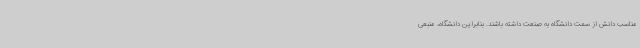
مناسب دانش از سمت دانشگاه به صنعت داشته باشند. بنابراین دانشگاه، منبعی